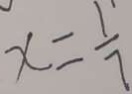
x = \frac { 1 } { 7 }